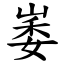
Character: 崣